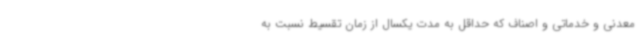
معدنی و خدماتی و اصناف که حداقل به مدت یکسال از زمان تقسیط نسبت به